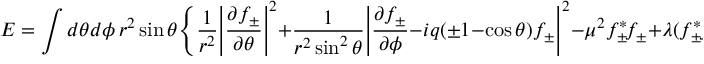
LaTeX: E = \int d \theta d \phi \, r ^ { 2 } \sin \theta \Bigg \{ \frac { 1 } { r ^ { 2 } } \Bigg | \frac { \partial f _ { \pm } } { \partial \theta } \Bigg | ^ { 2 } + \frac { 1 } { r ^ { 2 } \sin ^ { 2 } \theta } \Bigg | \frac { \partial f _ { \pm } } { \partial \phi } - i q ( \pm 1 - \cos \theta ) f _ { \pm } \Bigg | ^ { 2 } - \mu ^ { 2 } f _ { \pm } ^ { * } \! f _ { \pm } + \lambda ( f _ { \pm } ^ { * } \! f _ { \pm } ) ^ { 2 } \Bigg \} .